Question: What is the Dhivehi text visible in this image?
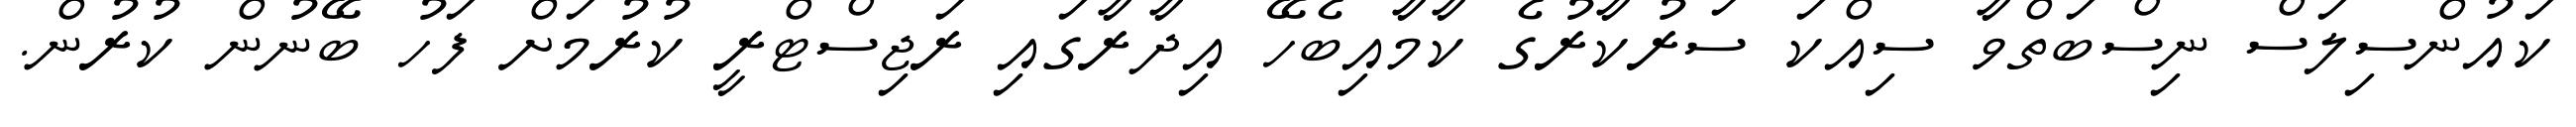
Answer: ކައުންސިލަސް ނިސްބަތްވާ ސިއްކަ ސަރުކާރުގެ ކާމާއިބެހޭ އިދާރާގައި ރަޖިސްޓްރީ ކުރުމަށް ފަހު ބޭނުން ކުރުން.